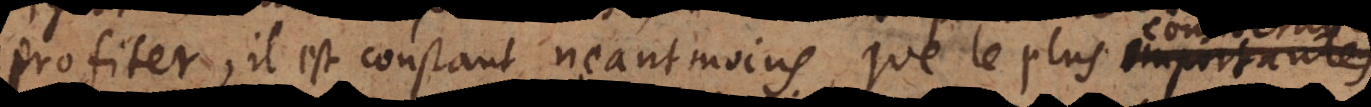
profiter, il est constant neantmoins, que les plus importante